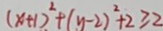
( x + 1 ) ^ { 2 } + ( y - 2 ) ^ { 2 } + 2 \geq 2